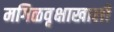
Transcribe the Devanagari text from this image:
मगिळवृक्षाखाली